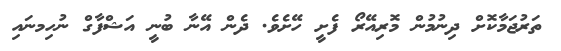
ތަރުޖަމާކޮށް ދިނުމުން މޮރިއޭރޯ ފެށީ ހޭށެވެ. ދެން އޭނާ ބުނީ އަޝްފާގް ނުހިމނައި